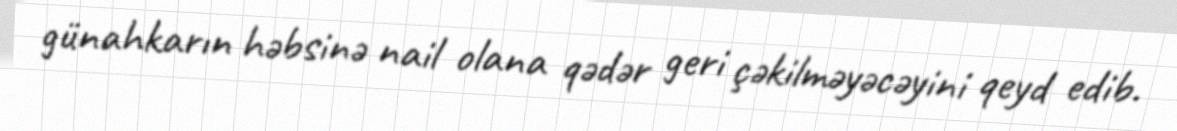
günahkarın həbsinə nail olana qədər geri çəkilməyəcəyini qeyd edib.